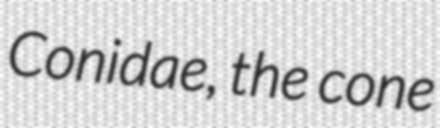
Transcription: Conidae, the cone